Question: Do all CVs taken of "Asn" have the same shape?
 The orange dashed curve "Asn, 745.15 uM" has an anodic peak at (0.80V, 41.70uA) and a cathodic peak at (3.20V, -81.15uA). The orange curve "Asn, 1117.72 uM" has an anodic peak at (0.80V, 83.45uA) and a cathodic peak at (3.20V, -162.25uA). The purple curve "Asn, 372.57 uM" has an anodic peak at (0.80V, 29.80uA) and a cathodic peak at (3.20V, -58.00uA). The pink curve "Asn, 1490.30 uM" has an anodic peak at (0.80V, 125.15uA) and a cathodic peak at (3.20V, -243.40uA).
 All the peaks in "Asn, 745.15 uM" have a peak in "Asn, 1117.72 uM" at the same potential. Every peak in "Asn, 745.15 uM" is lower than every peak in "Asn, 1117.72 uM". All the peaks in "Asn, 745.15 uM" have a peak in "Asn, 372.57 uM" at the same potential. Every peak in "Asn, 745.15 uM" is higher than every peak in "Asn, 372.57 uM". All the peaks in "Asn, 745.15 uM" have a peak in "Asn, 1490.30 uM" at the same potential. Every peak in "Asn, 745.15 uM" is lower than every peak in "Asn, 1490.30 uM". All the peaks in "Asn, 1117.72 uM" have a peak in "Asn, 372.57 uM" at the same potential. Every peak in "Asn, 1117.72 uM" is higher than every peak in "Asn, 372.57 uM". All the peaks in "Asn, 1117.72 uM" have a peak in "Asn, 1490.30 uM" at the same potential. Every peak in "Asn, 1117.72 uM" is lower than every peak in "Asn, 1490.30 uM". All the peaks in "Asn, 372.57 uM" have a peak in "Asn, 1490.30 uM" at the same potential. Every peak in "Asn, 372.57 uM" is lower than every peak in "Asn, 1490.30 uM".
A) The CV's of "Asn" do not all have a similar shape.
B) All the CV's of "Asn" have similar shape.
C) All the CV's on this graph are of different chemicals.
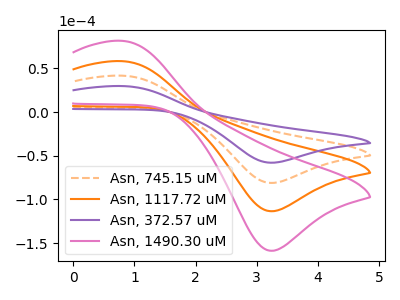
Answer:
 <answer>B) All the CV's of "Asn" have similar shape.</answer>
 <eval>B</eval>